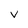
Character: V